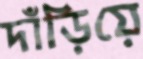
দাঁড়িয়ে